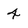
Character: 4